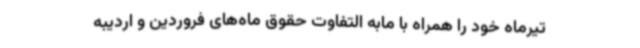
تیرماه خود را همراه با مابه التفاوت حقوق ماه‌های فروردین و اردیبه